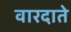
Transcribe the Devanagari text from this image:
वारदाते